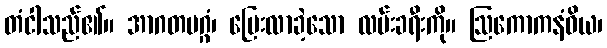
တံငါသည်၏။ အာဂတမဂ္ဂံ၊ ပြေးလာခဲ့သော လမ်းခရီးကို။ ဩကောကနံဝိယ၊